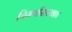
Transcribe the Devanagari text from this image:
चिमणीसारखाच